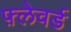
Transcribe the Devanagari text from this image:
फ़्लेवर्ड